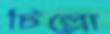
চিল্লো